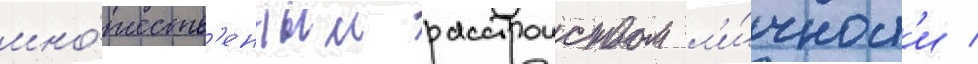
мно́жеств'енным расстроиством л'и́чност'и /